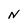
Character: N